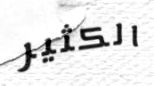
الكثير